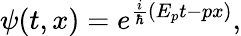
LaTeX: \psi(t,x)=e^{\frac{i}{\hbar}\left(E_{p}t-px\right)},